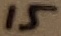
Text: 15